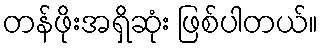
တန်ဖိုးအရှိဆုံး ဖြစ်ပါတယ်။